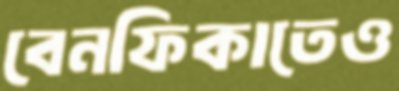
বেনফিকাতেও